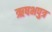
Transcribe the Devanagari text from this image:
ऋषभपुत्र